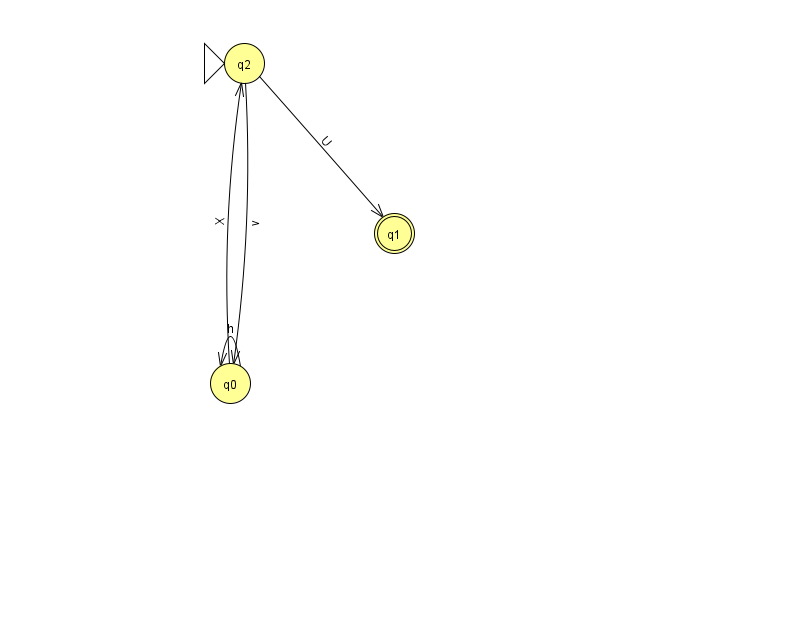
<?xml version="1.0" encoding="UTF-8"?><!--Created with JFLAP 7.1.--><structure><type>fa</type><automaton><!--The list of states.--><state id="0" name="q0"><x>230.0</x><y>370.0</y></state><state id="1" name="q1"><x>394.0</x><y>220.0</y><final/></state><state id="2" name="q2"><x>244.0</x><y>50.0</y><initial/></state><!--The list of transitions.--><transition><from>2</from><to>1</to><read>U</read></transition><transition><from>2</from><to>0</to><read>v</read></transition><transition><from>0</from><to>0</to><read>h</read></transition><transition><from>0</from><to>2</to><read>X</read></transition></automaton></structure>